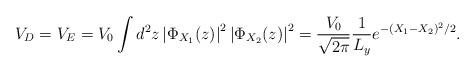
LaTeX: \begin{align*}V_D = V_E = V_0 \int d^2 z \left| \Phi_{X_1} (z )\right|^2 \left|\Phi_{X_2} (z)\right|^2 = {V_0 \over \sqrt{2 \pi}} {1 \over L_y}e^{-(X_1-X_2)^2 / 2 } .\end{align*}